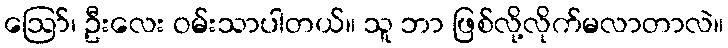
ဪ၊ ဦးလေး ဝမ်းသာပါတယ်။ သူ ဘာ ဖြစ်လို့လိုက်မလာတာလဲ။